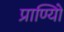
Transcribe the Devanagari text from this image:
प्राण्यिों